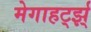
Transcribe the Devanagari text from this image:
मेगाहर्ट्झ्